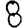
Digit: 8